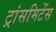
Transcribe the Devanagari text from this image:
ट्रांसमिटेंस